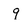
Character: q